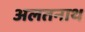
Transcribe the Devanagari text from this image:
अलतनाथ